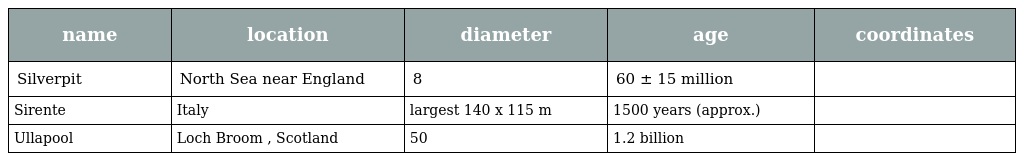
| name | location | diameter | age | coordinates |
 | --- | --- | --- | --- | --- |
 | Silverpit | North Sea near England | 8 | 60 ± 15 million |  |
 | Sirente | Italy | largest 140 x 115 m | 1500 years (approx.) |  |
 | Ullapool | Loch Broom , Scotland | 50 | 1.2 billion |  |